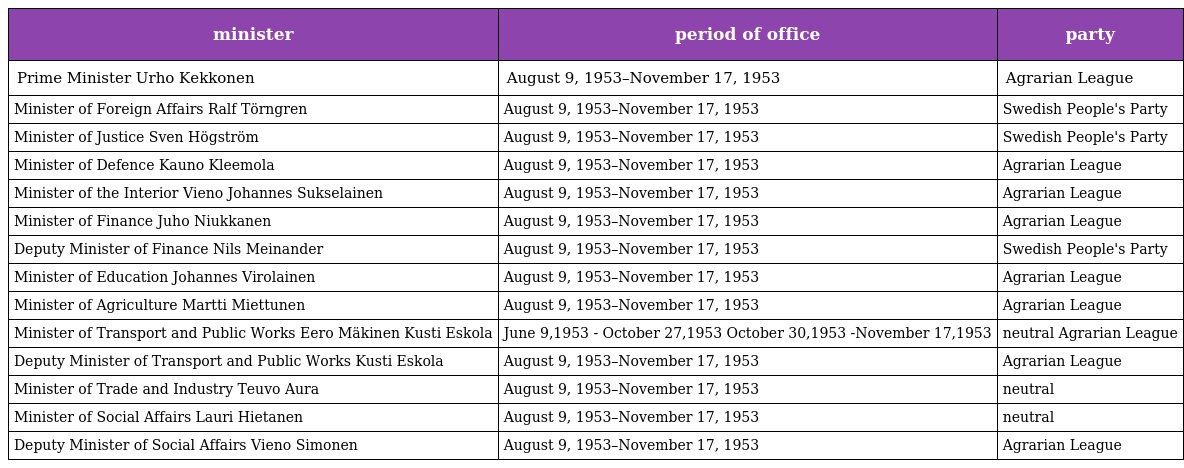
| minister | period of office | party |
 | --- | --- | --- |
 | Prime Minister Urho Kekkonen | August 9, 1953–November 17, 1953 | Agrarian League |
 | Minister of Foreign Affairs Ralf Törngren | August 9, 1953–November 17, 1953 | Swedish People's Party |
 | Minister of Justice Sven Högström | August 9, 1953–November 17, 1953 | Swedish People's Party |
 | Minister of Defence Kauno Kleemola | August 9, 1953–November 17, 1953 | Agrarian League |
 | Minister of the Interior Vieno Johannes Sukselainen | August 9, 1953–November 17, 1953 | Agrarian League |
 | Minister of Finance Juho Niukkanen | August 9, 1953–November 17, 1953 | Agrarian League |
 | Deputy Minister of Finance Nils Meinander | August 9, 1953–November 17, 1953 | Swedish People's Party |
 | Minister of Education Johannes Virolainen | August 9, 1953–November 17, 1953 | Agrarian League |
 | Minister of Agriculture Martti Miettunen | August 9, 1953–November 17, 1953 | Agrarian League |
 | Minister of Transport and Public Works Eero Mäkinen Kusti Eskola | June 9,1953 - October 27,1953 October 30,1953 -November 17,1953 | neutral Agrarian League |
 | Deputy Minister of Transport and Public Works Kusti Eskola | August 9, 1953–November 17, 1953 | Agrarian League |
 | Minister of Trade and Industry Teuvo Aura | August 9, 1953–November 17, 1953 | neutral |
 | Minister of Social Affairs Lauri Hietanen | August 9, 1953–November 17, 1953 | neutral |
 | Deputy Minister of Social Affairs Vieno Simonen | August 9, 1953–November 17, 1953 | Agrarian League |